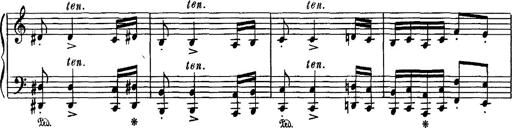
Title: Hungarian Rhapsody No.16
Composer: Franz Liszt
Key: A minor